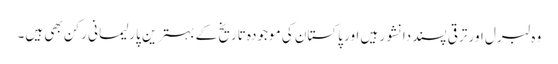
وہ لبرل اور ترقی پسند دانشور ہیں اور پاکستان کی موجودہ تاریخ کے بہترین پارلیمانی رکن بھی ہیں۔